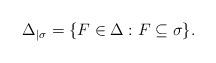
LaTeX: \begin{align*} \Delta_{\mid \sigma}=\{F\in \Delta: F\subseteq \sigma\}. \end{align*}